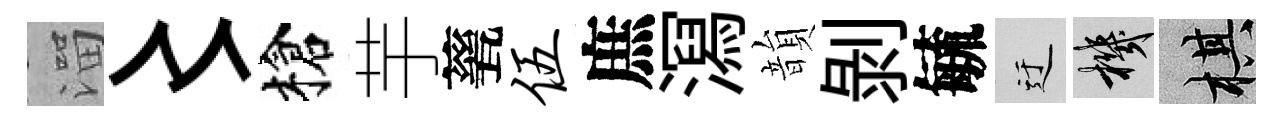
溜〻槍芋甆伍庶㵼韻剝毓迂機棋